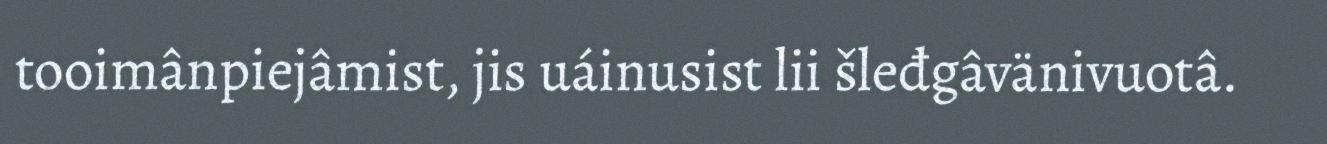
tooimânpiejâmist, jis uáinusist lii šleđgâvänivuotâ.